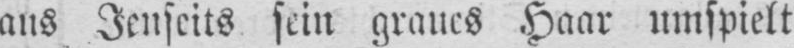
aus Jenseits sein graues Haar umspielt